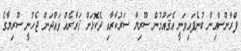
ފްރާންސްއިން ބުނެފައިވަނީ އެޤައުމުން ސޫރިޔާ ސަރުކާރާއި ދެކޮޅަށް ޤަރާރެއް ވައްދަން ޖެހުނީ ސޫރިޔާގެ